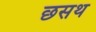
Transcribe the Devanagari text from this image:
छसथ